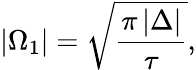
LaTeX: \left\vert\Omega_{1}\right\vert=\sqrt{\frac{\pi\left\vert\Delta\right\vert}{\tau}},